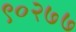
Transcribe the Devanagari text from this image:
९०२७७